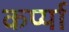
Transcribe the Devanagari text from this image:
कर्प्या